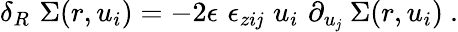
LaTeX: \delta_{R}\, \, \Sigma(r,u_{i})=-2\epsilon\, \, \epsilon_{zi\mathit{j}}\, \, u_{i}\, \, \partial_{u_{\mathit{j}}}\ \Sigma(r,u_{i})\ .